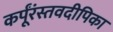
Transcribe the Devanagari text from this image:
कर्पूंरंस्तवदीपिका